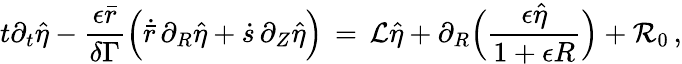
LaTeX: t\partial_{t}\hat{\eta}-\frac{\epsilon\bar{r}}{\delta\Gamma}\Bigl(\dot{\bar{r}}\, \partial_{R}\hat{\eta}+\dot{s}\, \partial_{Z}\hat{\eta}\Bigr)\, =\, \mathcal{L}\hat{\eta}+\partial_{R}\Bigl(\frac{\epsilon\hat{\eta}}{1+\epsilon R}\Bigr)+\mathcal{R}_{0}\, ,